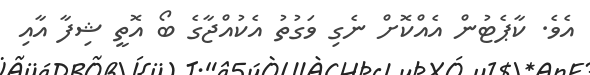
އެވެ. ކާޕެޓުން އެއްކޮށް ނެގި ވަގުތު އެކުއްޖާގެ ބޯ އޮތީ ޝިފާ އާއި